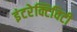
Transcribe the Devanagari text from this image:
इंटरेक्टिविटी